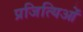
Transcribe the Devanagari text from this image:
प्रजित्यिओं